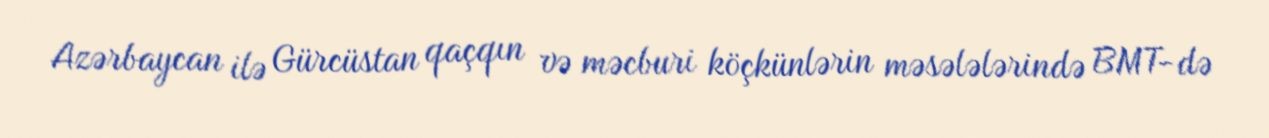
Azərbaycan ilə Gürcüstan qaçqın və məcburi köçkünlərin məsələlərində BMT-də